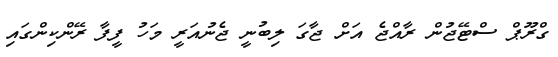
ގްރޫޕް ސްޓޭޖުން ރާއްޖެ އަށް ޖާގަ ލިބުނީ ޖެނުއަރީ މަހު ފީފާ ރޭންކިންގައި